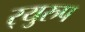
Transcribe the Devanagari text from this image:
र्‍युरुप